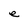
Character: e